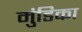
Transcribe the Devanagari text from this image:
मुंडिका